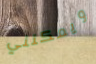
ويمكنني